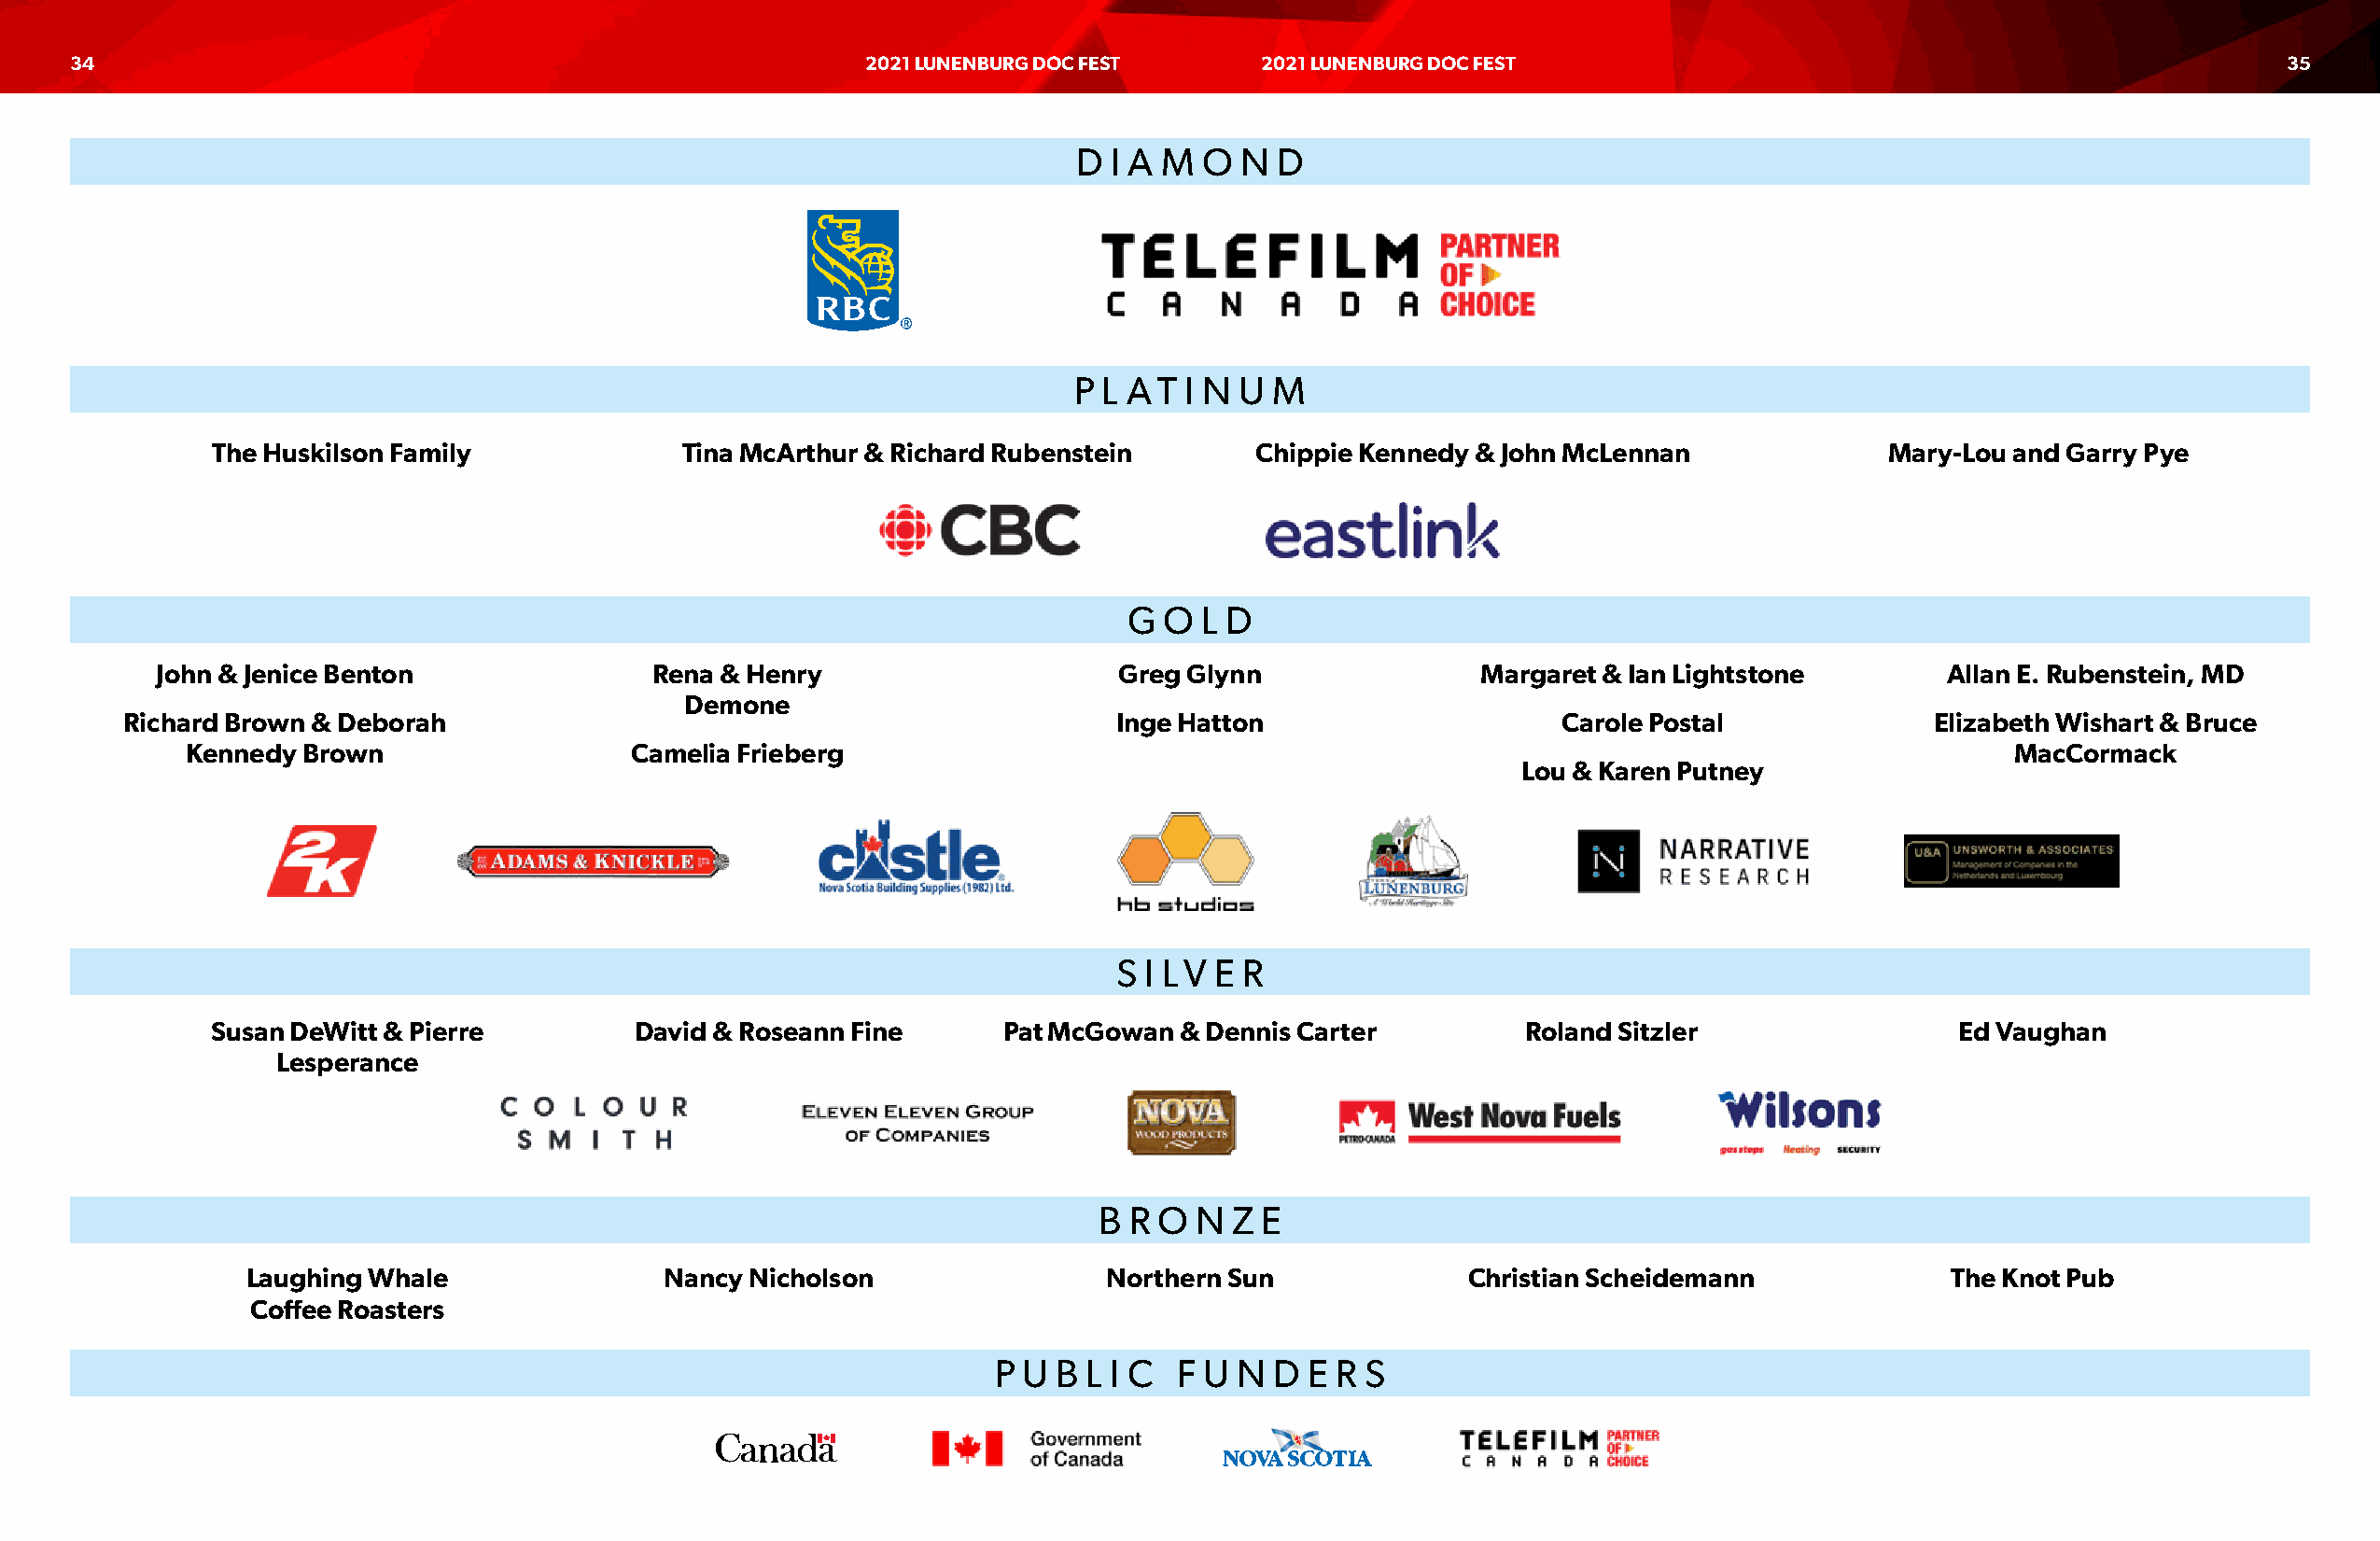
34                                                      2021 LUNENBURG DOC FEST     2021 LUNENBURG DOC FEST                                                  35
 D  I A M O  N  D
 P L AT  I N U M
 The Huskilson Family             Tina McArthur & Richard Rubenstein       Chippie Kennedy & John McLennan              Mary-Lou and Garry Pye
 G  O L D
 John & Jenice Benton               Rena & Henry                     Greg Glynn                Margaret & Ian Lightstone        Allan E. Rubenstein, MD
 Demone
 Richard Brown & Deborah                                               Inge Hatton                     Carole Postal             Elizabeth Wishart & Bruce
 Kennedy Brown                   Camelia Frieberg                                                                                  MacCormack
 Lou & Karen Putney
 S I LV E R
 Susan DeWitt & Pierre         David & Roseann Fine      Pat McGowan  & Dennis Carter         Roland Sitzler                 Ed Vaughan
 Lesperance
 B R O  N Z E
 Laughing Whale                Nancy Nicholson                Northern Sun              Christian Scheidemann             The Knot Pub
 Coffee Roasters
 P U B L I C  F U N D  E R S